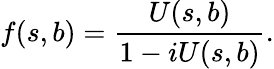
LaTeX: f(s,b)=\frac{U(s,b)}{1-iU(s,b)}.